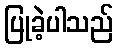
ပြုခဲ့ပါသည်